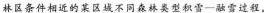
林区条件相近的某区域不同森林类型积雪一融雪过程。